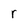
Character: r